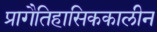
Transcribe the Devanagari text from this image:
प्रागैतिहासिककालीन